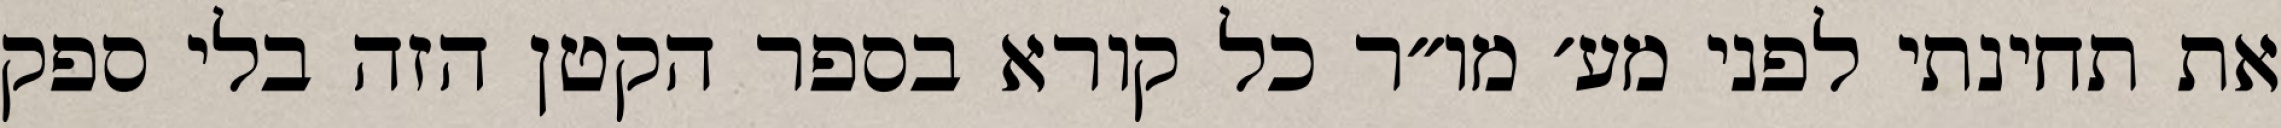
את תחינתי לפני מע׳ מו״ר כל קורא בספר הקטן הזה בלי ספק